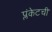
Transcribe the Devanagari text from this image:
प्लंकेटची